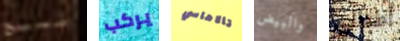
مسبح يركب تالاهاسي والبيض أطفالى